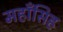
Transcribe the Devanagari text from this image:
महाँसिह